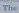
the